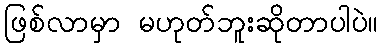
ဖြစ်လာမှာ မဟုတ်ဘူးဆိုတာပါပဲ။